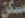
مسكن